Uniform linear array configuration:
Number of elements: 4
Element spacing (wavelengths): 0.5
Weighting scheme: blackman
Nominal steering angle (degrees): -45
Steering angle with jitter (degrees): -45.966
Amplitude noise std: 0.05
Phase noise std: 0.05

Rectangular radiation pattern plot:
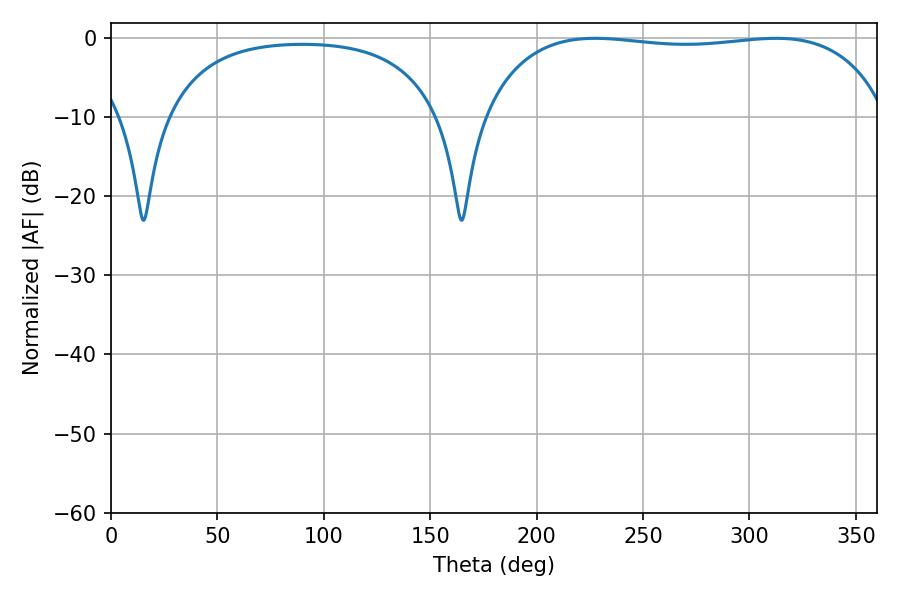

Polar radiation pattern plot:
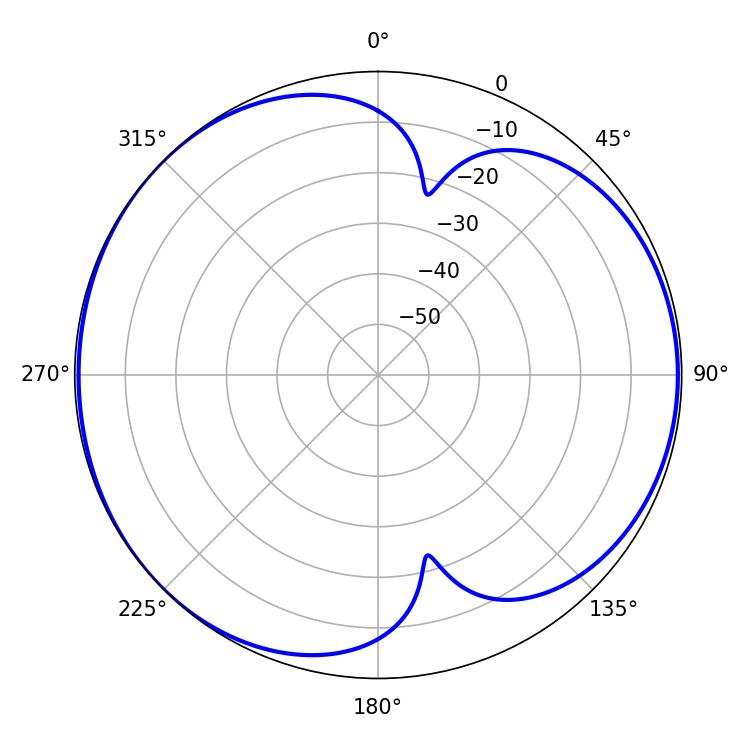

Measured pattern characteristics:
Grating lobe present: FALSE
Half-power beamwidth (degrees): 152.64
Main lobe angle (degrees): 227.52